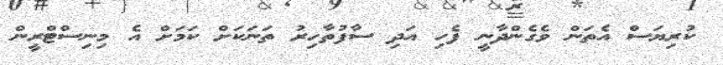
ކުރިޔަސް އެތަން ވެގެންދާނީ ފެހި އަދި ސާފުތާހިރު ތަނަކަށް ކަމަށް އެ މިނިސްޓްރީން